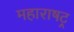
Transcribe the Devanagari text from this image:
महाराषट्र